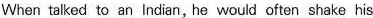
When talked to an Indian, he would often shake his